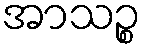
အာသဉ္စ